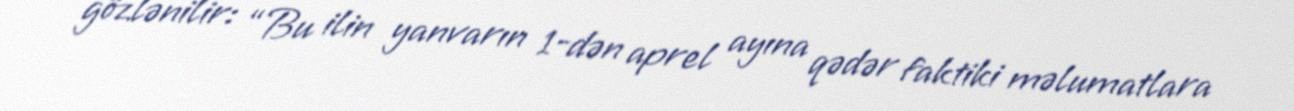
gözlənilir: “Bu ilin yanvarın 1-dən aprel ayına qədər faktiki məlumatlara